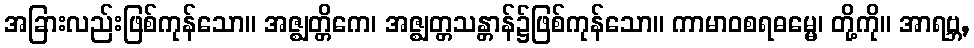
အခြားလည်းဖြစ်ကုန်သော။ အဇ္ဈတ္တိကေ၊ အဇ္ဈတ္တသန္တာန်၌ဖြစ်ကုန်သော။ ကာမာဝစရဓမ္မေ၊ တို့ကို။ အာရဗ္ဘ,